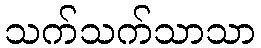
သက်သက်သာသာ